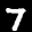
Label: 7